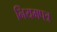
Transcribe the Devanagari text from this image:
नियमपत्र